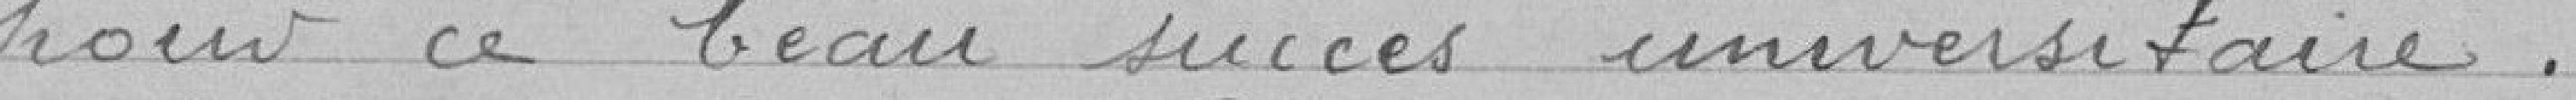
pour ce beau succès universitaire .